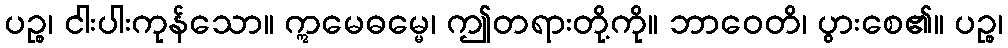
ပဉ္စ၊ ငါးပါးကုန်သော။ ဣမေဓမ္မေ၊ ဤတရားတို့ကို။ ဘာဝေတိ၊ ပွားစေ၏။ ပဉ္စ၊